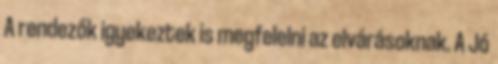
A rendezők igyekeztek is megfelelni az elvárásoknak. A Jó